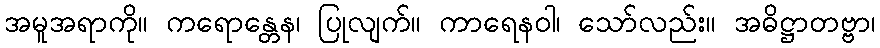
အမူအရာကို။ ကရောန္တေန၊ ပြုလျက်။ ကာရေနဝါ၊ သော်လည်း။ အဓိဋ္ဌာတဗ္ဗာ၊